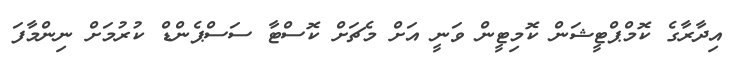
އިދާރާގެ ކޮމްޕްޓީޝަން ކޮމިޓީން ވަނީ އަށް މެޗަށް ކޮސްޓާ ސަސްޕެންޑް ކުރުމަށް ނިންމާފަ